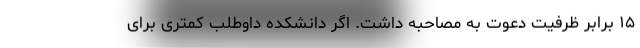
۱۵ برابر ظرفیت دعوت به مصاحبه داشت. اگر دانشکده داوطلب کمتری برای